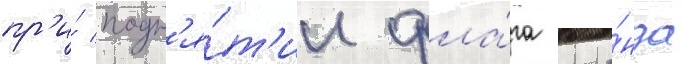
пр'и́ подн'я́т'ии фла́га кома́нда